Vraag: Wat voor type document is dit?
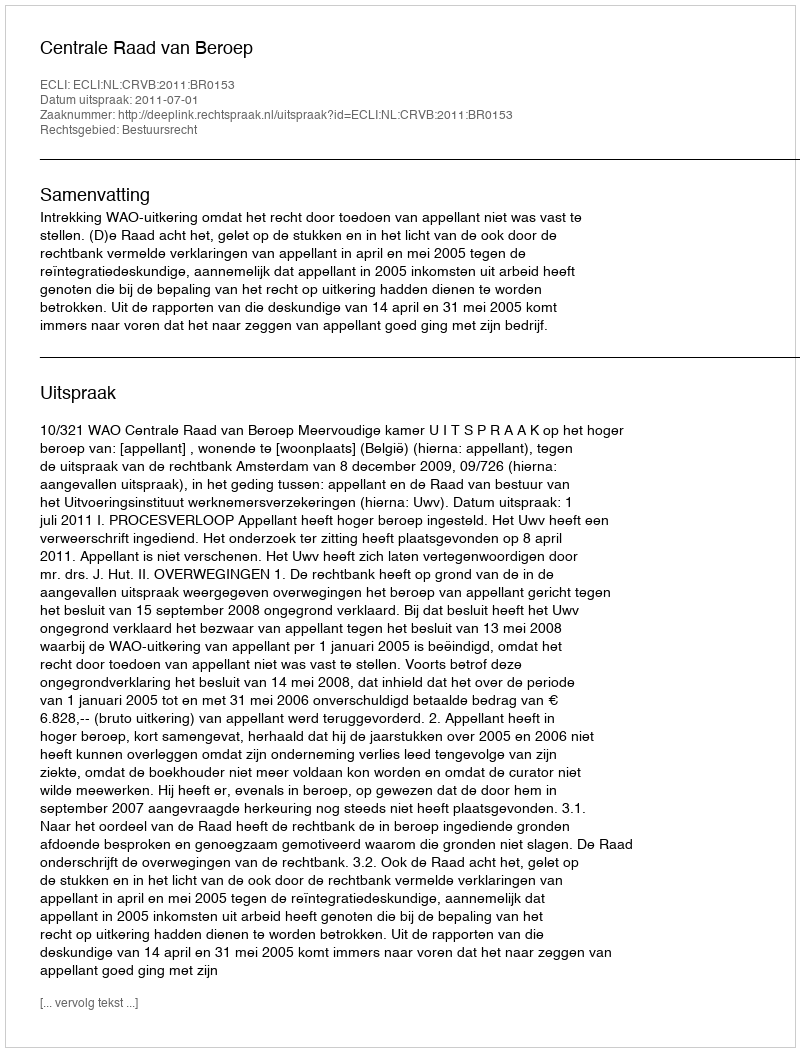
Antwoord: Uitspraak